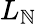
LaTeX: L_{\mathbb{N}}